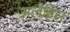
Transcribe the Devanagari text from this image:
अलैहिस